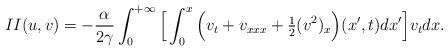
LaTeX: \begin{align*}II(u,v)= -\frac{\alpha}{2\gamma}\int_0^{+\infty}\Big[\int_0^x\Big(v_t+v_{xxx}+\tfrac12(v^2)_x\Big)(x',t)dx'\Big]v_tdx.\end{align*}